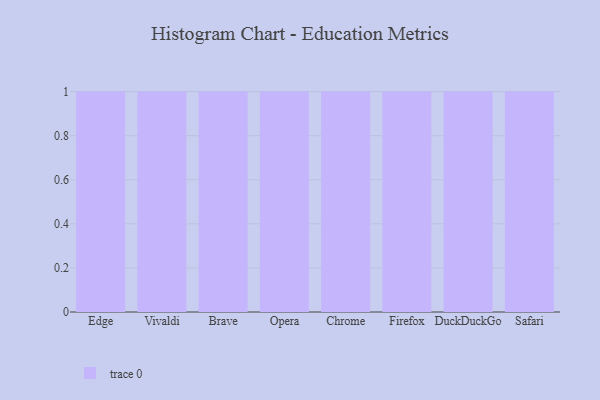
{"axis": {"x": "Browser", "y": "Demand Index"}, "legend": [""], "data": [{"x": "Edge", "y": 87, "type": ""}, {"x": "Vivaldi", "y": 43, "type": ""}, {"x": "Brave", "y": 91, "type": ""}, {"x": "Opera", "y": 51, "type": ""}, {"x": "Chrome", "y": 27, "type": ""}, {"x": "Firefox", "y": 88, "type": ""}, {"x": "DuckDuckGo", "y": 78, "type": ""}, {"x": "Safari", "y": 16, "type": ""}]}